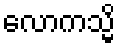
လောကသ္မိ